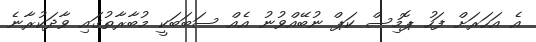
އެ އަހަރަށް ފަހު ޕޮމިސް ކަޕް ނުބޭއްވުނު އެއް ސަބަބަކީ މުބާރާތުގައި ވާދަކުރާނެ